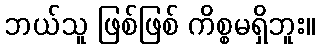
ဘယ်သူ ဖြစ်ဖြစ် ကိစ္စမရှိဘူး။